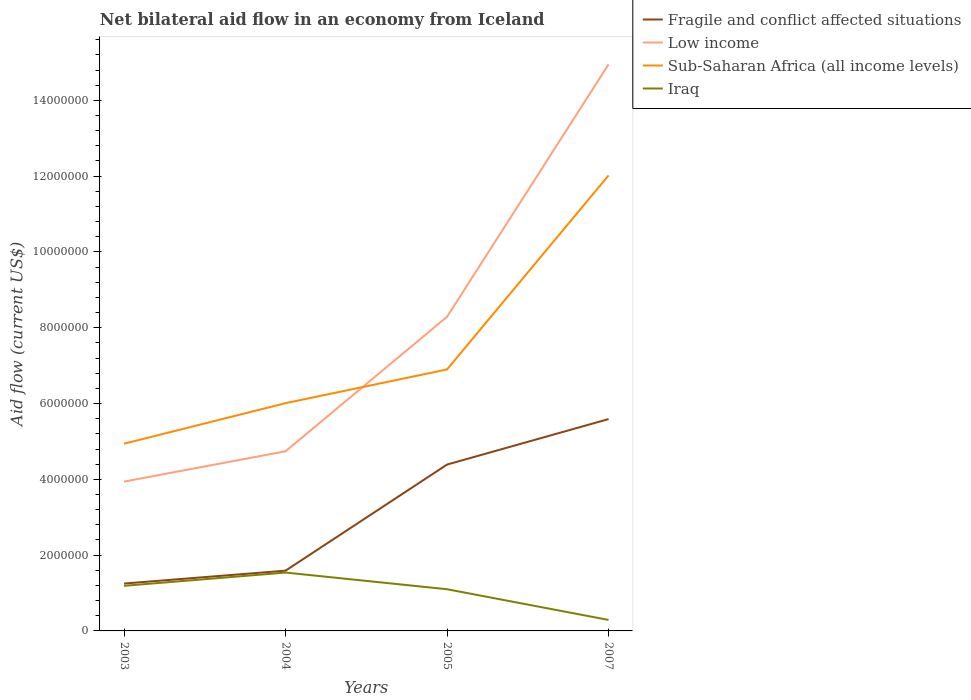
| Years | Fragile and conflict affected situations | Low income | Sub-Saharan Africa (all income levels) | Iraq |
 | --- | --- | --- | --- | --- |
 | 2003 | 1.25e+06 | 3.94e+06 | 4.94e+06 | 1.19e+06 |
 | 2004 | 1.59e+06 | 4.74e+06 | 6.01e+06 | 1.54e+06 |
 | 2005 | 4.39e+06 | 8.29e+06 | 6.9e+06 | 1.1e+06 |
 | 2007 | 5.59e+06 | 1.5e+07 | 1.2e+07 | 2.9e+05 |